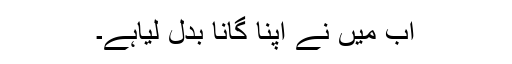
اب مَیں نے اپنا گانا بدل لیاہے۔